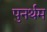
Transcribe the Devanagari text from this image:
पुनर्थम